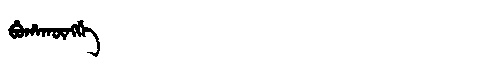
Manchu: ᠪᡠᡥᠠᡴᡡᠩᡤᡝ
Romanization: BUHAKŪNGGE